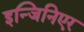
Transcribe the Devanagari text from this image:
इन्जिनिएर